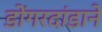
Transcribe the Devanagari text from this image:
डोंगरदांडाने